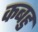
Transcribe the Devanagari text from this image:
कबहु